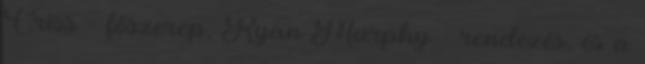
Criss - főszerep, Ryan Murphy - rendezés, és a